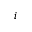
i